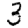
Digit: 3